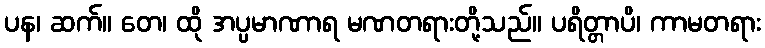
ပန၊ ဆက်။ တေ၊ ထို အပ္ပမာဏာရ မဏတရားတို့သည်။ ပရိတ္တာပိ၊ ကာမတရား